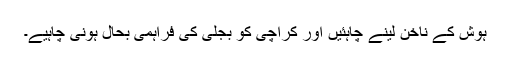
ہوش کے ناخن لینے چاہئیں اور کراچی کو بجلی کی فراہمی بحال ہونی چاہیے۔